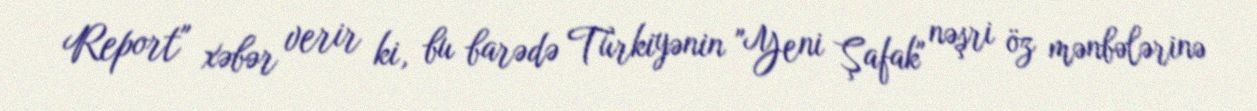
Report" xəbər verir ki, bu barədə Türkiyənin "Yeni Şafak" nəşri öz mənbələrinə